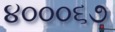
૪૦૦૦૬૭